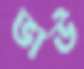
ভাউ